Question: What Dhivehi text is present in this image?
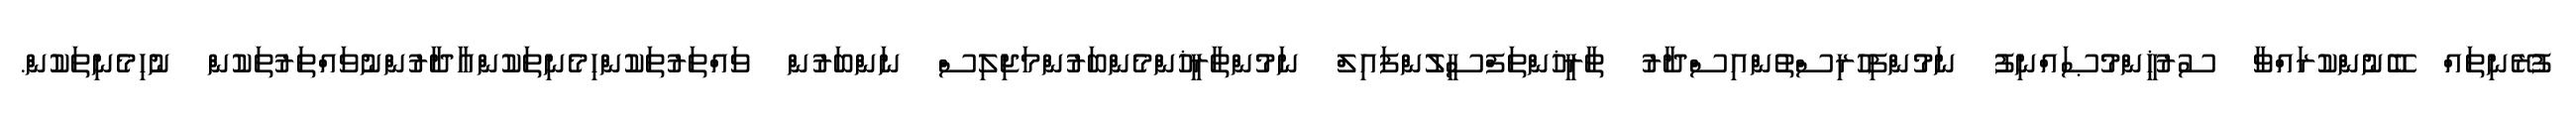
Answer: ފުރޭނިތައް ބޭނުންކުރައްވާ ސުރުޚީންމުޞައްނިފު ނަމުންފިހުރިސްތުންއިސްދާރު ތާރީޚުންތަފްސީލުންފައިލް ނަމުންތާރީޚުންމެންބަރުންމަޖިލިސް ނަންބަރުން ވައްތަރުތަކުންހިމެނިތަކުންއާދާރުންނުވައްތަރުތަކުން ނުހިމެނިތަކުން.